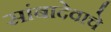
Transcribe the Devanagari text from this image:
सांबादेवाचे